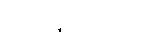
၁ ဒါဇင် = ၁၂